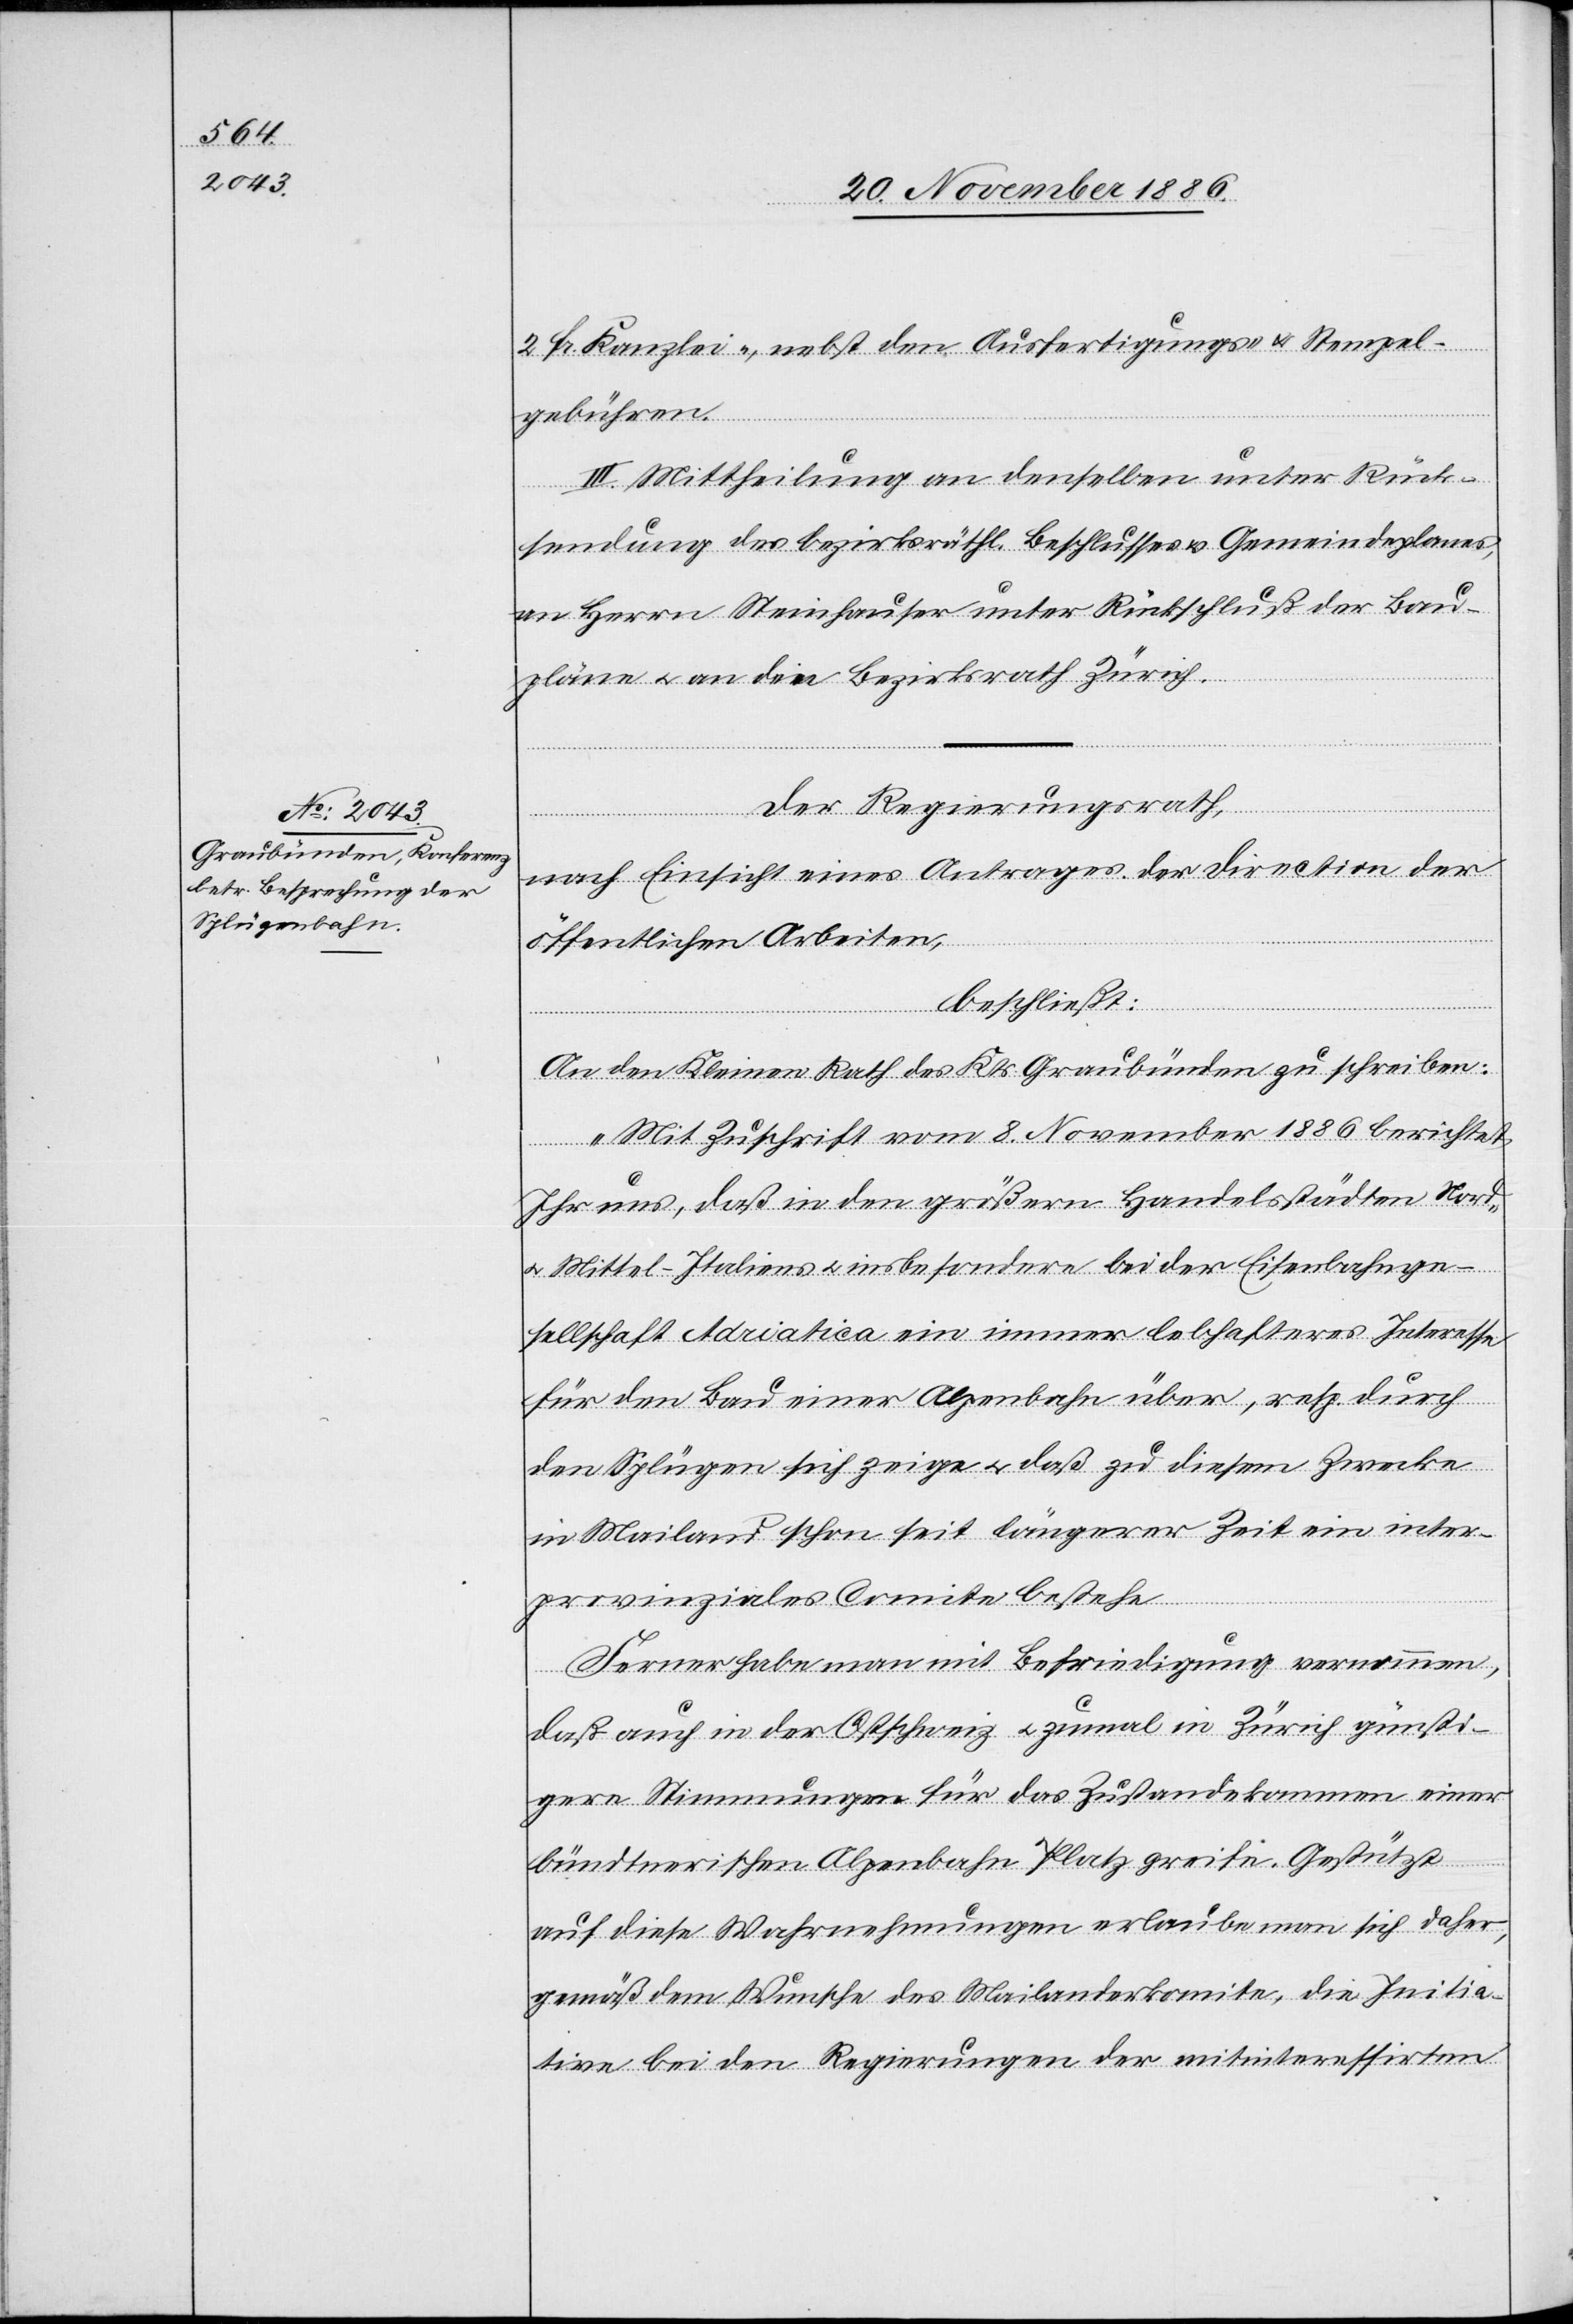
2 Fr. Kanzlei-, nebst den Ausfertigungs- & Stempel¬
gebühren.
III. Mittheilung an denselben unter Rück¬
sendung des bezirksräthl. Beschlusses & Gemeindeplanes,
an Herrn Steinhauser unter Rückschluß der Bau¬
pläne & an den Bezirksrath Zürich.
Der Regierungsrath,
nach Einsicht eines Antrages der Direction der
öffentlichen Arbeiten,
beschließt:
An den Kleinen Rath des Kts. Graubünden zu schreiben:
„Mit Zuschrift vom 8. November 1886 berichtet
Ihr uns, daß in den größern Handelsstädten Nord-
& Mittel-Italiens & insbesondere bei der Eisenbahnge¬
sellschaft Adriatica ein immer lebhafteres Interesse
für den Bau einer Alpenbahn über, resp. durch
den Splügen sich zeige & daß zu diesem Zwecke
in Mailand schon seit längerer Zeit ein inter¬
provinziales Comite bestehe.
Ferner habe man mit Befriedigung vernommen,
daß auch in der Ostschweiz & zumal in Zürich günsti¬
gere Stimmungen für das Zustandekommen einer
bündtnerischen Alpenbahn Platz greife. Gestützt
auf diese Wahrnehmungen erlaube man sich daher,
gemäß dem Wunsche des Mailanderkomite [sic!], die Initia¬
tive bei den Regierungen der mitinteressirten